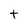
Character: t